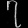
Digit: ၇